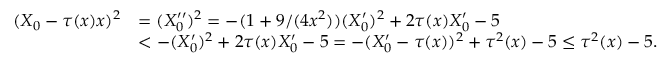
\begin{array} { r l } { ( X _ { 0 } - \tau ( x ) x ) ^ { 2 } } & { = ( X _ { 0 } ^ { \prime \prime } ) ^ { 2 } = - ( 1 + 9 / ( 4 x ^ { 2 } ) ) ( X _ { 0 } ^ { \prime } ) ^ { 2 } + 2 \tau ( x ) X _ { 0 } ^ { \prime } - 5 } \\ & { < - ( X _ { 0 } ^ { \prime } ) ^ { 2 } + 2 \tau ( x ) X _ { 0 } ^ { \prime } - 5 = - ( X _ { 0 } ^ { \prime } - \tau ( x ) ) ^ { 2 } + \tau ^ { 2 } ( x ) - 5 \leq \tau ^ { 2 } ( x ) - 5 . } \end{array}